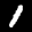
Label: 1